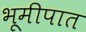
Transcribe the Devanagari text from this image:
भूमीपात